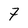
Character: 7